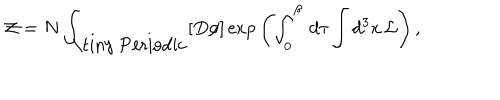
LaTeX: { \cal Z } = N \int _ { \mathrm { \tiny ~ P e r i o d i c } } [ D \phi ] \exp { \left( \int _ { 0 } ^ { \beta } \, d \tau \int d ^ { 3 } x \, { \cal L } \right) } \, ,